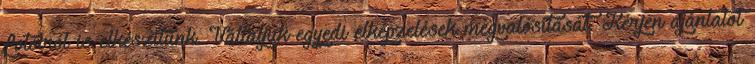
fotóiról is elkészítünk. Vállaljuk egyedi elképzelések megvalósítását. Kérjen ajánlatot